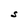
Character: S